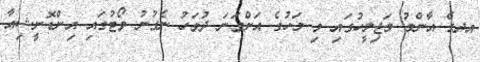
އދގެ އާންމު މަޖިލީހުގައި މި މަހުގެ އަށްވަނަ ދުވަހު ނެގުނު ވޯޓުގައި އިންޑޮނީޝިއާ